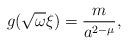
LaTeX: \begin{align*}g(\sqrt\omega\xi)=\frac{m}{a^{2-\mu}},\end{align*}